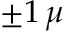
\pm 1 \, \mu